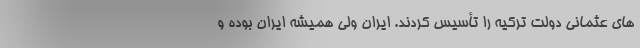
های عثمانی دولت ترکیه را تأسیس کردند. ایران ولی همیشه ایران بوده و